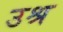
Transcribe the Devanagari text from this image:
उश्र